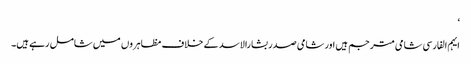
‘
ایہم الفارسی شامی مترجم ہیں اور شامی صدر بشارالاسد کے خلاف مظاہروں میں شامل رہے ہیں۔